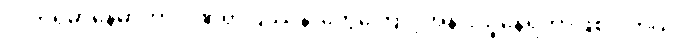
လက်ရှိမှာနေမာဟာ ဒဏ်ရာပြဿနာတွေကြောင့်အနားယူနေရတာဖြစ်ပါတယ်။